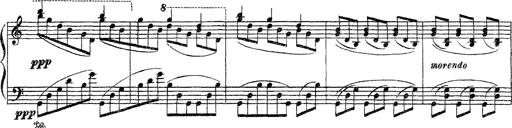
Title: Apparitions
Composer: Franz Liszt